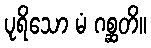
ပုရိသော မံ ဂစ္ဆတိ။